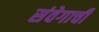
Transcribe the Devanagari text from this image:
संवेगाची